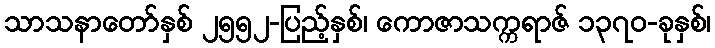
သာသနာတော်နှစ် ၂၅၅၂-ပြည့်နှစ်၊ ကောဇာသက္ကရာဇ် ၁၃၇၀-ခုနှစ်၊